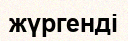
жүргенді